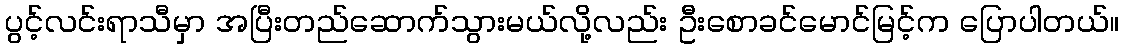
ပွင့်လင်းရာသီမှာ အပြီးတည်ဆောက်သွားမယ်လို့လည်း ဦးစောခင်မောင်မြင့်က ပြောပါတယ်။